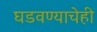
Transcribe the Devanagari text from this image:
घडवण्याचेही